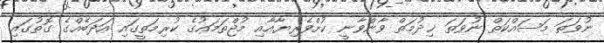
ނުވަތަ މަސައްކަތް ނުވަތަ ޚިދުމަތް ވާންވާނީ ކުށްވެރިޔާއާއި މުޖްތަމަޢުގެ ކުރިމަތީގައި އަދަބެއްގެ ގޮތުގައި